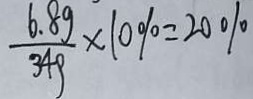
\frac { 6 . 8 g } { 3 4 g } \times 1 0 \% = 2 0 \%